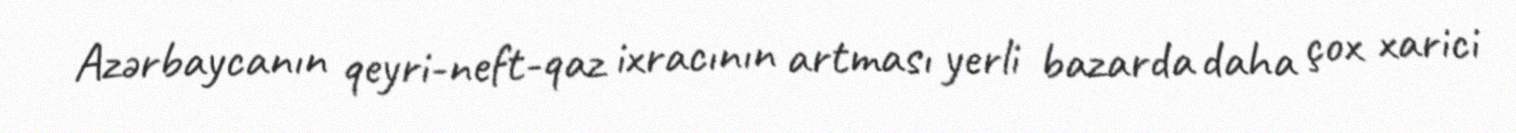
Azərbaycanın qeyri-neft-qaz ixracının artması yerli bazarda daha çox xarici